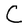
Character: C